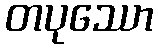
တပုဿော